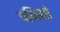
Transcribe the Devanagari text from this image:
पंकियां